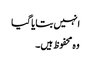
انہیں بتایا گیا
وہ محفوظ ہیں۔